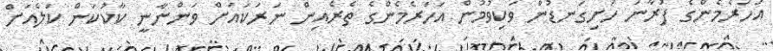
އަހަރެމެންގެ ފުރާނަ ހަށިގަނޑުން ވަކިވުމުން އަހަރެމެންގެ ތެރެއިން ނަރަކައަށް ވަންނާނީ ކާކުކަން ކަލެއަށް